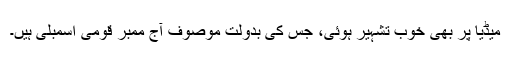
میڈیا پر بھی خوب تشہیر ہوئی، جس کی بدولت موصوف آج ممبر قومی اسمبلی ہیں۔